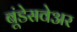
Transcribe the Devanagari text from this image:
बूंडेसवेअर